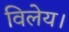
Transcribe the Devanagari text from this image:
विलेय।